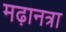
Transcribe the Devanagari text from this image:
मढ़ानत्रा